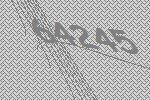
64245